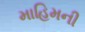
માહિમની